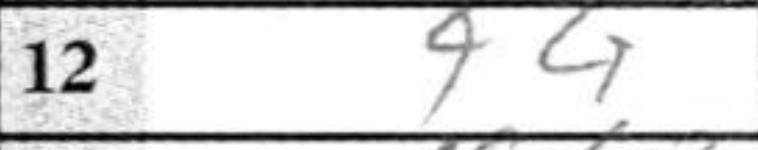
Transcription: 44